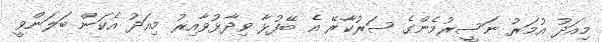
މިއަދު އުމަރު ނަސީރުމެންގެ ސަރުކާރޭ އެ ބޭފުޅާ ވިދާޅުވާއިރު މިއަދު އެކަން ބަލަންވީ